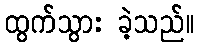
ထွက်သွား ခဲ့သည်။